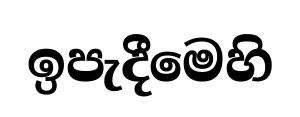
ඉපැදීමෙහි